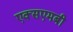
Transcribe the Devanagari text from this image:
एक्सएमबी